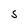
Character: S